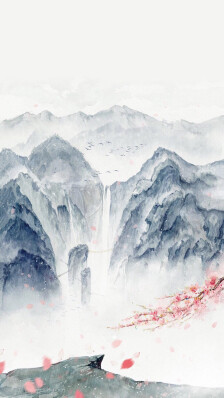
闲梦江南梅熟日，夜船吹笛雨萧萧。